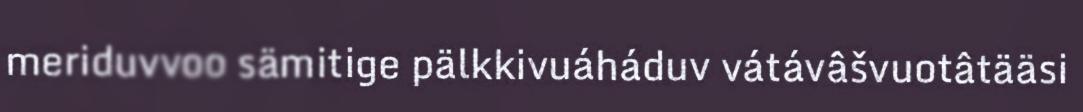
meriduvvoo sämitige pälkkivuáháduv vátávâšvuotâtääsi